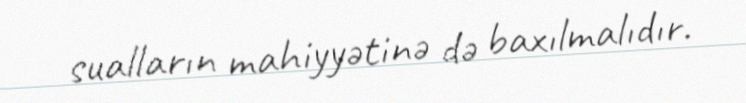
sualların mahiyyətinə də baxılmalıdır.